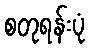
စတုရန်းပုံ